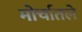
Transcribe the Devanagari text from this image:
मोर्चातले